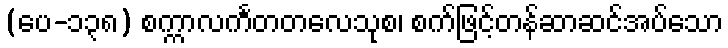
(ပေ-၁၃၈) စက္ကာလင်္ကတတလေသုစ၊ စက်ဖြင့်တန်ဆာဆင်အပ်သော